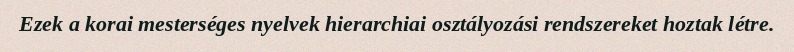
Ezek a korai mesterséges nyelvek hierarchiai osztályozási rendszereket hoztak létre.